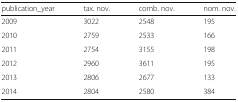
<table><thead><tr><td><b>publication_year</b></td><td><b>tax. nov.</b></td><td><b>comb. nov.</b></td><td><b>nom. nov.</b></td></tr></thead><tbody><tr><td>2009</td><td>3022</td><td>2548</td><td>195</td></tr><tr><td>2010</td><td>2759</td><td>2533</td><td>166</td></tr><tr><td>2011</td><td>2754</td><td>3155</td><td>198</td></tr><tr><td>2012</td><td>2960</td><td>3611</td><td>195</td></tr><tr><td>2013</td><td>2806</td><td>2677</td><td>133</td></tr><tr><td>2014</td><td>2804</td><td>2580</td><td>384</td></tr></tbody></table>